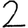
Digit: 2